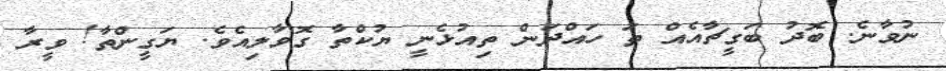
ނުވާނެ. ބޮދު ބަގީޗާއެއް ތަ ހައްދަން ތިއުޅެނީ ޔުކްތާ ގޮވާލިއެވެ. ޔަގީންތާ! ވީރާ